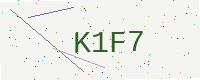
Text: K1F7